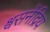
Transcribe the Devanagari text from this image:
श्वसनेंद्रिय